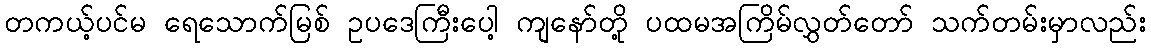
တကယ့်ပင်မ ရေသောက်မြစ် ဥပဒေကြီးပေါ့ ကျနော်တို့ ပထမအကြိမ်လွှတ်တော် သက်တမ်းမှာလည်း